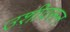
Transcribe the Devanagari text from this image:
उशीवरून